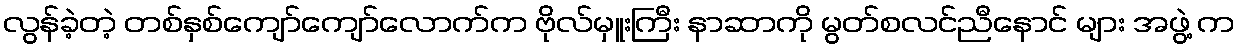
လွန်ခဲ့တဲ့ တစ်နှစ်ကျော်ကျော်လောက်က ဗိုလ်မှူးကြီး နာဆာကို မွတ်စလင်ညီနောင် များ အဖွဲ့ က